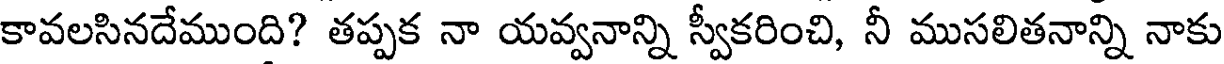
కావలసినదేముంది? తప్పక నా యవ్వనాన్ని స్వీకరించి, నీ ముసలితనాన్ని నాకు